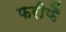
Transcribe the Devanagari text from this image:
फरीफै